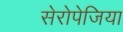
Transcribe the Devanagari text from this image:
सेरोपेजिया